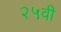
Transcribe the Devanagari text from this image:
२५वी